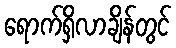
ရောက်ရှိလာချိန်တွင်